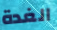
الغدة